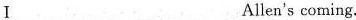
I___ ___ ___Allen's coming.